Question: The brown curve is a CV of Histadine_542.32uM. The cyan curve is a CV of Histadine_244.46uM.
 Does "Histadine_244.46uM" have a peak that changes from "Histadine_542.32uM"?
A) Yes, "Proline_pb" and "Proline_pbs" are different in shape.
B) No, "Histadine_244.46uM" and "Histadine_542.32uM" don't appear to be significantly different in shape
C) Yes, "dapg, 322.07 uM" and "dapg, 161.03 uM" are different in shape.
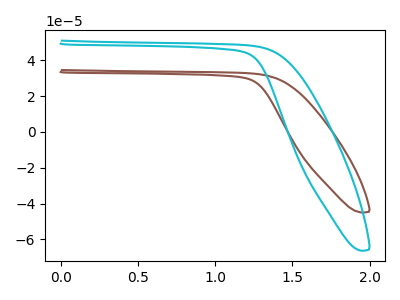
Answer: <think>The brown curve "Histadine_542.32uM" has no peaks. The cyan curve "Histadine_244.46uM" has no peaks.
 Neither "Histadine_244.46uM" or "Histadine_542.32uM" have any peaks.</think>
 <answer>B) No, "Histadine_244.46uM" and "Histadine_542.32uM" don't appear to be significantly different in shape</answer>
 <eval>B</eval>